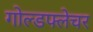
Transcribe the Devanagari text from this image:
गोल्डफ्लेचर